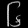
Digit: ၆